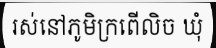
រស់នៅភូមិក្រពើលិច ឃុំ